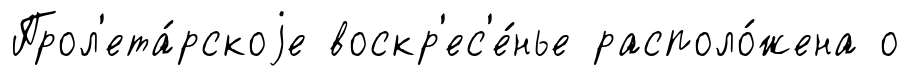
Прол'ета́рскоjе воскр'ес'е́нье располо́жена о